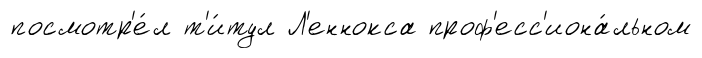
посмотр'е́л т'и́тул Л'еннокса проф'есс'иона́льном